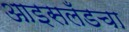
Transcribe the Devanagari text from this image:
आइसलँडचा